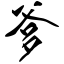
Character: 爹